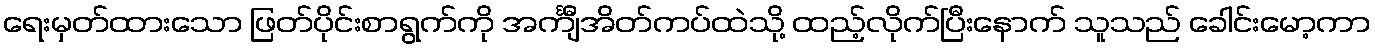
ရေးမှတ်ထားသော ဖြတ်ပိုင်းစာရွက်ကို အင်္ကျီအိတ်ကပ်ထဲသို့ ထည့်လိုက်ပြီးနောက် သူသည် ခေါင်းမော့ကာ